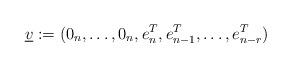
LaTeX: \begin{align*}\underline{v}:=(0_n,\ldots,0_n,e_n^T,e_{n-1}^T,\ldots,e_{n-r}^T)\end{align*}